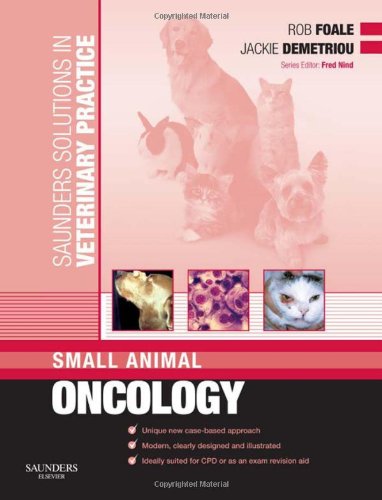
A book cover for Saunders Solutions in Veterinary Practice: Small Animal Oncology, 1e; Rob D. Foale BSc  BVetMed  DSAM  DipECVIM  MRCVS; Medical Books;